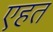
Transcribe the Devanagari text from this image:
एहत